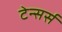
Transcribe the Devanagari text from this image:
टेन्सर्स